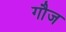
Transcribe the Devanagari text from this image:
गौज